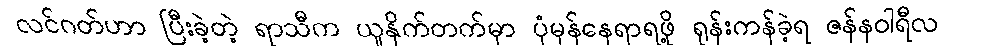
လင်ဂတ်ဟာ ပြီးခဲ့တဲ့ ရာသီက ယူနိုက်တက်မှာ ပုံမှန်နေရာရဖို့ ရုန်းကန်ခဲ့ရ ဇန်နဝါရီလ